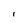
Character: I